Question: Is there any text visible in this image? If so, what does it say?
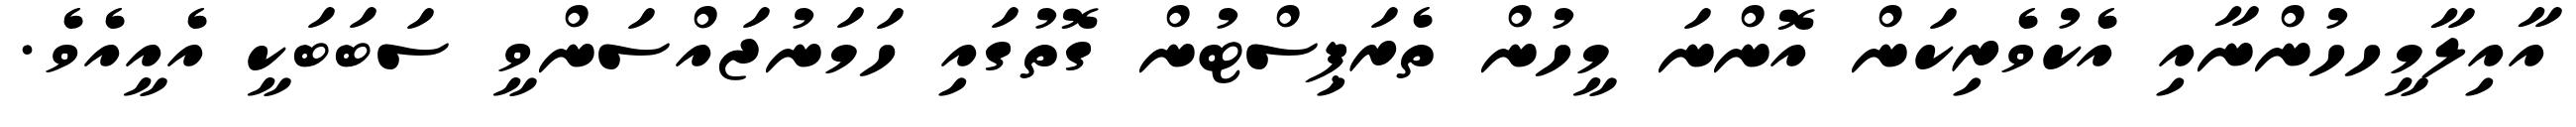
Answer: އާއިލާމީހހުންނާއި އެކުވެރިކަން އޮންނަ މީހުން ތެރަޕިސްޓުން ގޮތުގައި ހަމަނުޖައްސަންވީ ސަބަބަކީ އެއީއެވެ.